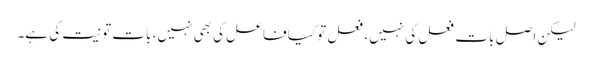
لیکن اصل بات فعل کی نہیں، فعل تو کیا فاعل کی بھی نہیں، بات تو نیت کی ہے۔